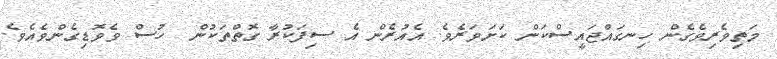
މަތިވެރިވެގެން ހިނގައްޖައީސްކަން ކަށަވަރެވެ. އެއުރެން އެ ސިފަކުރާ ގޮތްތަކުން  ހުސް ވެވޮޑިގެންވެއެވެ.